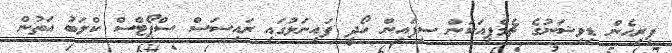
ފިރިހެން ޑިވިޝަނުގެ ޗެމްޕިއަކަން ސިފައިން ހޯދީ ފައިނަލުގައި ރައިސަސް ސްޕޯޓްސް ކްލަބު އަތުން